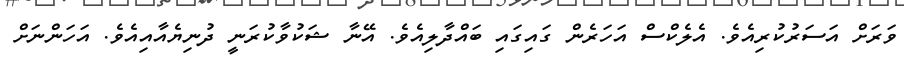
ވަރަށް އަސަރުކުރިއެވެ. އެލެކްސް އަހަރެން ގައިގައި ބައްދާލިއެވެ. އޭނާ ޝަކުވާކުރަނީ ދުނިޔެއާއިއެވެ. އަހަންނަށް